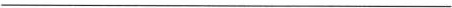
___